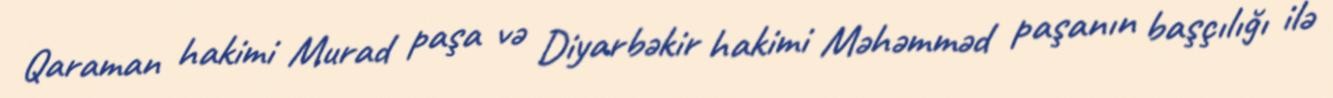
Qaraman hakimi Murad paşa və Diyarbəkir hakimi Məhəmməd paşanın başçılığı ilə